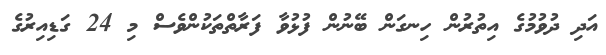
އަދި ދުވުމުގެ އިތުރުން ހިނގަން ބޭނުން ފުޅުވާ ފަރާތްތަކުންވެސް މި 24 ގަޑިއިރުގެ